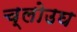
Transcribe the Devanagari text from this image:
च्लोउघ